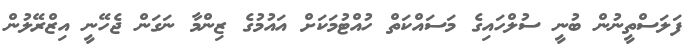
ފަލަސްތީނުން ބުނީ ސުލްހައިގެ މަސައްކަތް ހުއްޓުމަކަށް އައުމުގެ ޒިންމާ ނަގަން ޖެހޭނީ އިޒްރޭލުން